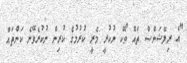
"އެ ރިލޭޝަންސް ތައް ވޯކް ނުކުރީ މެރީ ކުރުމުގެ ކުރިން ނުކުރެވޭނެ ކަންތައް